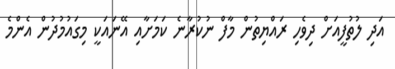
އަދި ލުތުފީއަށް ދިވެހި ރައްޔިތުން މާފް ނުކުރާނެ ކަމަށާއި އޭނައަކީ މިގައުމުދުން އެންމެ